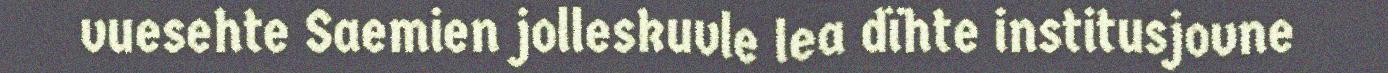
vuesehte Saemien jolleskuvle lea dïhte institusjovne